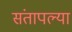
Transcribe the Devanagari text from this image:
संतापल्या